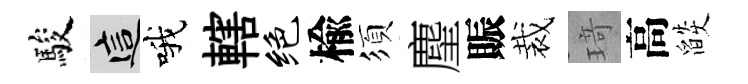
駿這哦轄绝楡須麈賑裁𤦺高燄